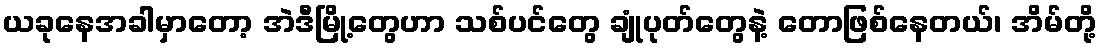
ယခုနေအခါမှာတော့ အဲဒီမြို့တွေဟာ သစ်ပင်တွေ ချုံပုတ်တွေနဲ့ တောဖြစ်နေတယ်၊ အိမ်တို့